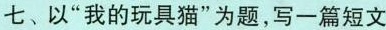
七、以”我的玩具猫”为题，写一篇短文